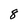
Character: 8